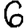
Digit: 6